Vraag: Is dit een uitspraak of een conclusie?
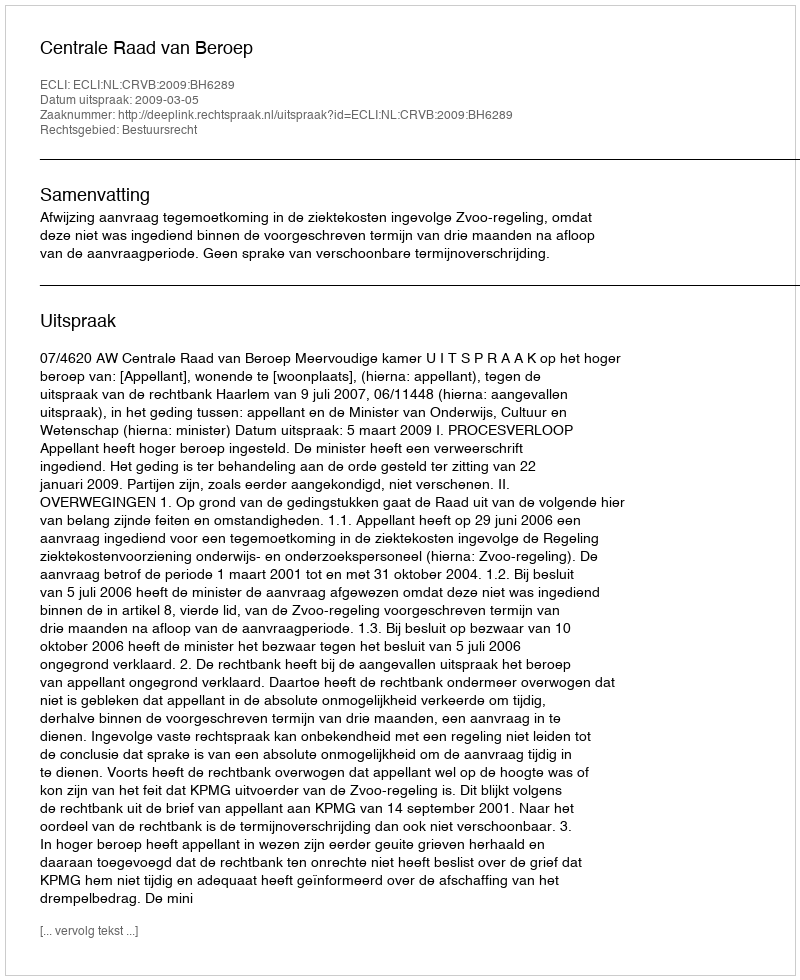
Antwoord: Uitspraak